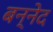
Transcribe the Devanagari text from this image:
बन्नेद